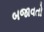
બજાવતો